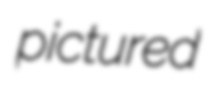
pictured